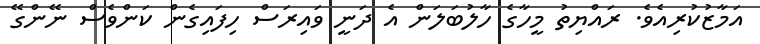
އަމާޒުކުރިއެވެ. ރައްޔިތު މީހާގެ ހާލުބަލަން އެ ދަނީ ވައިރަސް ހިފައިގެން ކަންވެސް ނޭންގޭ